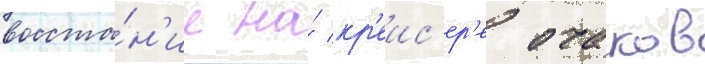
восста́н'ие на́ кр'еис'ер'е очаков